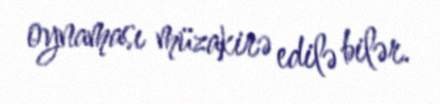
oynaması müzakirə edilə bilər.